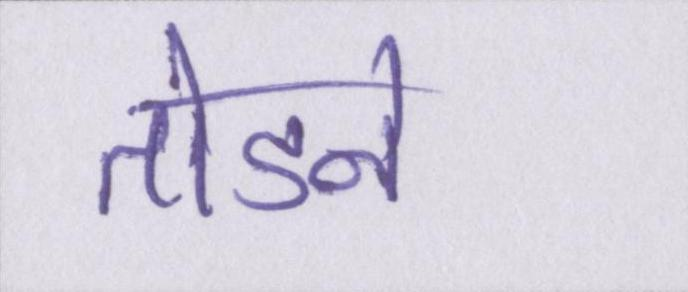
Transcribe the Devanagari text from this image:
तोडने